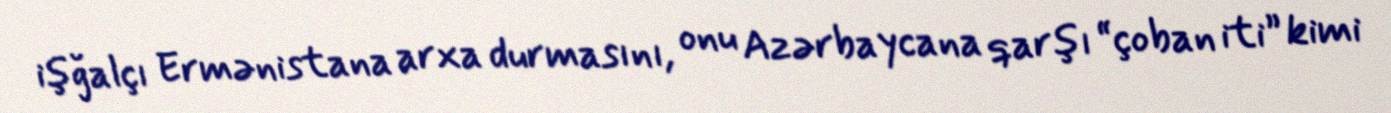
işğalçı Ermənistana arxa durmasını, onu Azərbaycana qarşı “çoban iti” kimi